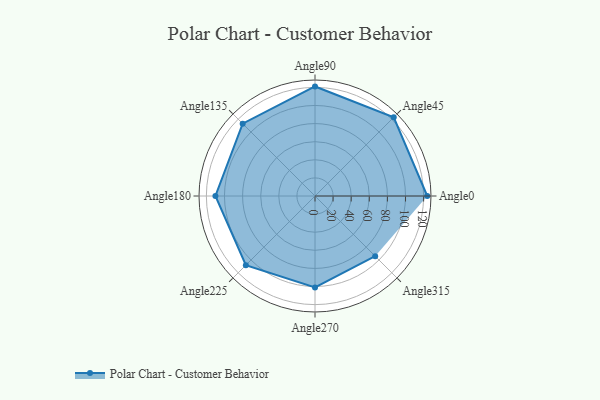
{"axis": {"x": "Angle", "y": "Radius"}, "legend": [""], "data": [{"x": "Angle0", "y": 124.0, "type": ""}, {"x": "Angle45", "y": 123.0, "type": ""}, {"x": "Angle90", "y": 121.0, "type": ""}, {"x": "Angle135", "y": 113.0, "type": ""}, {"x": "Angle180", "y": 110.0, "type": ""}, {"x": "Angle225", "y": 108.0, "type": ""}, {"x": "Angle270", "y": 101.0, "type": ""}, {"x": "Angle315", "y": 94.0, "type": ""}]}